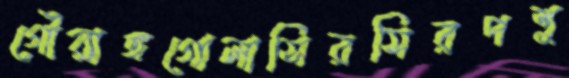
গৌরাঙ্গগোলাসিরসিরপশু